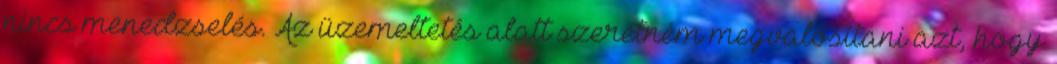
nincs menedzselés. Az üzemeltetés alatt szeretném megvalósítani azt, hogy